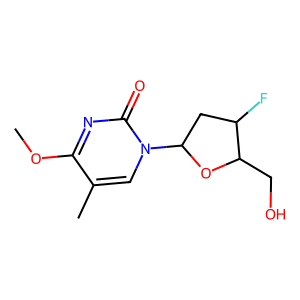
SMILES: COc1nc(=O)n(C2CC(F)C(CO)O2)cc1C
Inhibits HIV replication: Yes